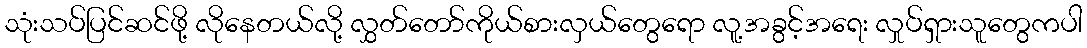
သုံးသပ်ပြင်ဆင်ဖို့ လိုနေတယ်လို့ လွှတ်တော်ကိုယ်စားလှယ်တွေရော လူ့အခွင့်အရေး လှုပ်ရှားသူတွေကပါ